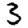
Digit: 3